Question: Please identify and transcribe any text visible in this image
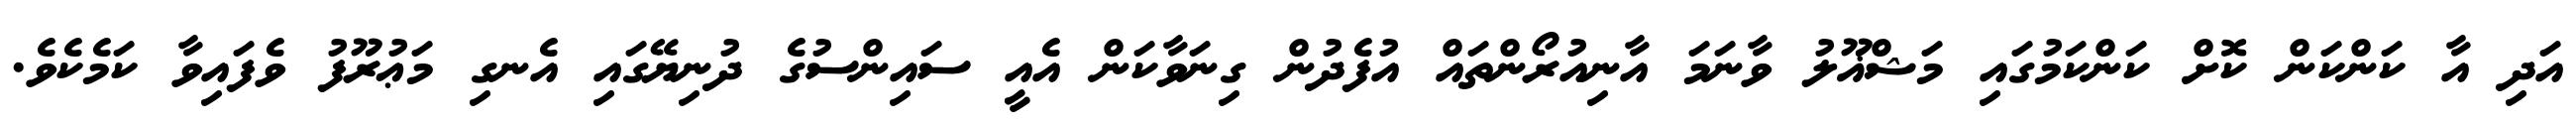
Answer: އަދި އާ ކަންކަން ކޮށް ކަންކަމުގައި މަޝްޣޫލު ވާނަމަ އާނިއުރޯންތައް އުފެދުން ގިނަވާކަން އެއީ ސައިންސުގެ ދުނިޔޭގައި އެނގި މަޢުރޫފު ވެފައިވާ ކަމެކެވެ.